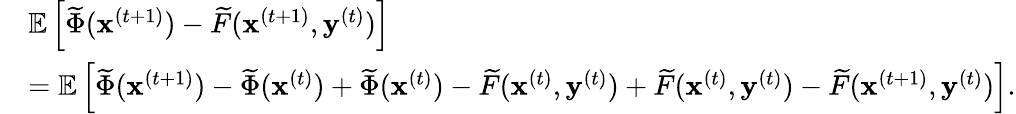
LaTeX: \begin{array}{rl}&{\mathbb E\left[{\widetilde{\Phi}}({\mathbf x^{(t+1)}})-{\widetilde{F}}({\mathbf x^{(t+1)}},{\mathbf y^{(t)}})\right]}\\ &{=\mathbb E\left[{\widetilde{\Phi}}({\mathbf x^{(t+1)}})-{\widetilde{\Phi}}({\mathbf x^{(t)}})+{\widetilde{\Phi}}({\mathbf x^{(t)}})-{\widetilde{F}}({\mathbf x^{(t)}},{\mathbf y^{(t)}})+{\widetilde{F}}({\mathbf x^{(t)}},{\mathbf y^{(t)}})-{\widetilde{F}}({\mathbf x^{(t+1)}},{\mathbf y^{(t)}})\right].}\end{array}